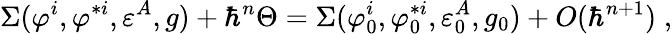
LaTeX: \Sigma(\varphi^{i},\varphi^{*i},\varepsilon^{A},g)+\hbar^{n}\Theta=\Sigma(\varphi_{0}^{i},\varphi_{0}^{*i},\varepsilon_{0}^{A},g_{0})+O(\hbar^{n+1})\; ,